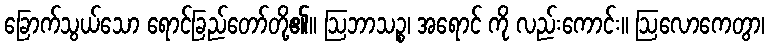
ခြောက်သွယ်သော ရောင်ခြည်တော်တို့၏။ ဩဘာသဉ္စ၊ အရောင် ကို လည်းကောင်း။ ဩလောကေတွာ၊